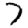
Digit: 7